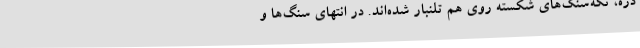
دره، تکه‌سنگ‌های شکسته روی هم تلنبار شده‌اند. در انتهای سنگ‌ها و